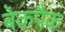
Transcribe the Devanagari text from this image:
बेकपैक